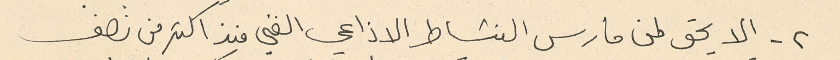
- الا يحق لمن مارس النشاط الاذاعي الفني منذ اكثر من نصف